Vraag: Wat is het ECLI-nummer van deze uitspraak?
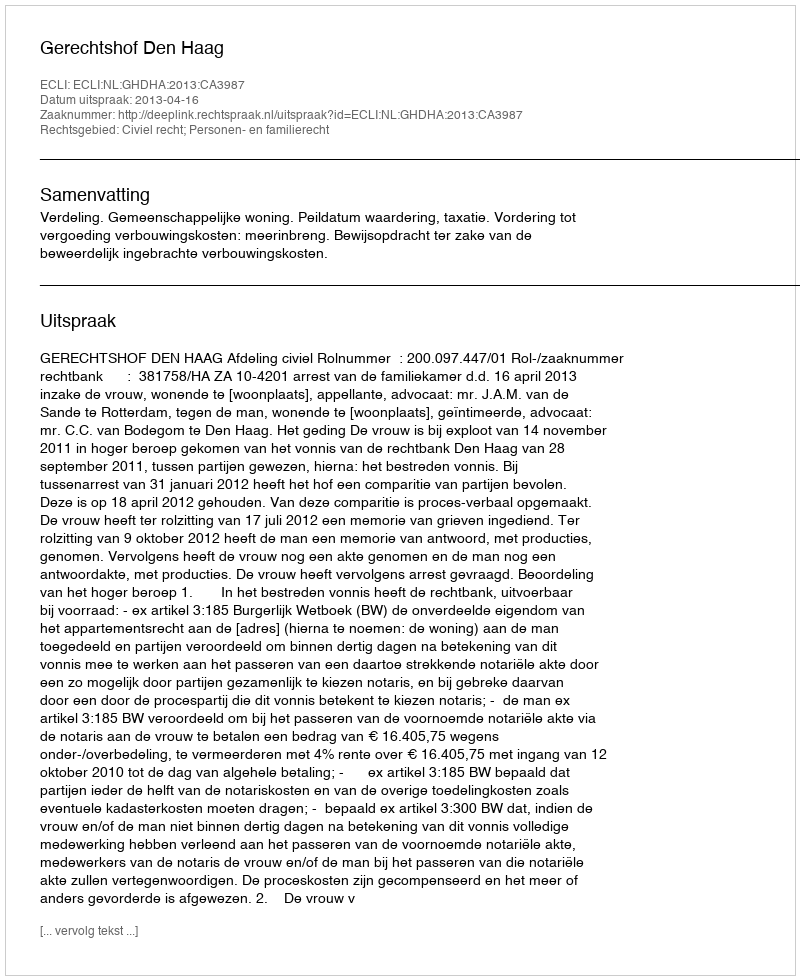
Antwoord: ECLI:NL:GHDHA:2013:CA3987